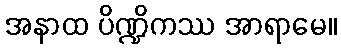
အနာထ ပိဏ္ဍိကဿ အာရာမေ။